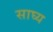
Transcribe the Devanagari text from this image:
साघ्य